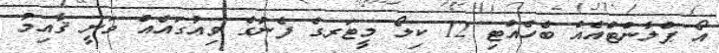
އޯ ޕްލާންޓްއެއް ބެހެއްޓި 12 ކިލޯ މީޓަރގެ ފެނުގެ ވިއުގައެއް ވަނީ ޤާއިމު